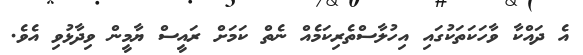
އެ ދައްކާ ވާހަކަތަކުގައި އިހުލާސްތެރިކަމެއް ނެތް ކަމަށް ރައީސް ޔާމީން ވިދާޅުވި އެވެ.